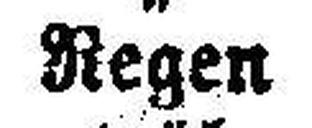
Regen